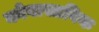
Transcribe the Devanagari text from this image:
कोवास्तविक